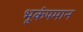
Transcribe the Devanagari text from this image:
भूकंपमान